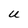
Character: u